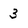
Character: 3